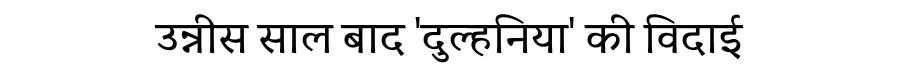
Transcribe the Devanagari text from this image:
उन्नीस साल बाद 'दुल्हनिया' की विदाई